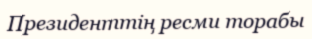
Президенттің ресми торабы